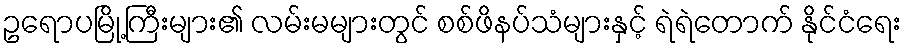
ဥရောပမြို့ကြီးများ၏ လမ်းမများတွင် စစ်ဖိနပ်သံများနှင့် ရဲရဲတောက် နိုင်ငံရေး